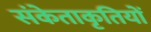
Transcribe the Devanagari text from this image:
संकेताकृतियों